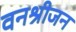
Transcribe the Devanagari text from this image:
वनश्रीजन